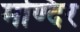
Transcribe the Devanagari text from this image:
मण्दिर